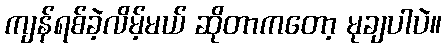
ကျန်ရစ်ခဲ့လိမ့်မယ် ဆိုတာကတော့ မုချပါပဲ။